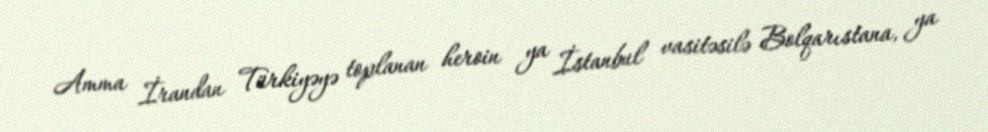
Amma İrandan Türkiyəyə toplanan heroin ya İstanbul vasitəsilə Bolqarıstana, ya